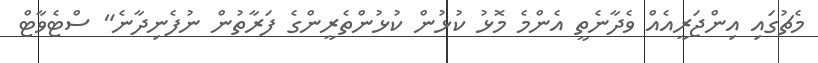
މެޗުގައި އިންޖަރީއެއް ވެދާނެތީ އެންމެ މޮޅު ކުޅުން ކުޅުންތެރީންގެ ފަރާތުން ނުފެނިދާނެ" ސްޓެވާޓް